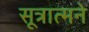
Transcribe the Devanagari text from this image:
सूत्रात्मने